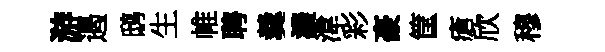
游遏鸱生帷聘羹濃湋彩豪筐瘡欣穆